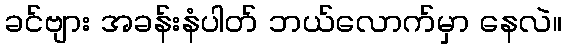
ခင်ဗျား အခန်းနံပါတ် ဘယ်လောက်မှာ နေလဲ။